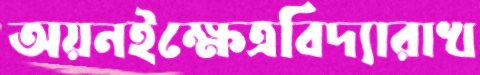
অয়নইক্ষেত্রবিদ্যারাখ